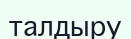
талдыру